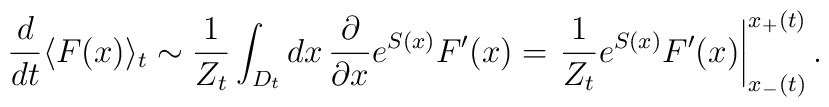
\frac{d}{dt}\langle F(x)\rangle_t\sim\frac{1}{Z_t}\int_{D_t}dx\,\frac{\partial}{\partial x}e^{S(x)}F'(x)=\left.\frac{1}{Z_t}e^{S(x)}F'(x)\right|^{x_+(t)}_{x_-(t)}.